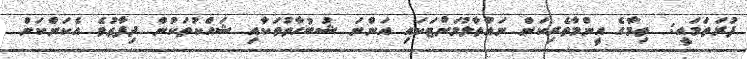
ފުރަތަމައީ:  ތިމާގެ އީންމާތެރިކަން ނައްތާލުމަށްޓަކައި އަންނަ ޝުބުހާތުތަކާއި ޝައްކުތަކުން ދިފާޢުވެ އެކަންކަން